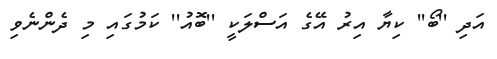
އަދި ''ބޯ'' ކިޔާ އިރު އޭގެ އަސްލަކީ ''ބޮއު'' ކަމުގައި މި ދެންނެވި